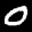
Label: 0